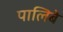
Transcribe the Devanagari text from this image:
पालिबे